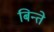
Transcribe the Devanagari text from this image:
बिन्ते